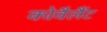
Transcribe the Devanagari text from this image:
कोवैलैंट